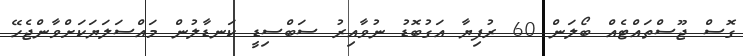
ގޮސް ޖޫސްތައްޓެއް ބޯލަން 60 ރުފިޔާ އަގުބޮޑު ނުވާއިރު ސަބްސިޑީ ކަނޑާލުން މައްސަލަޔަކަށްވާންޖެހޭ